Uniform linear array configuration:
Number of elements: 32
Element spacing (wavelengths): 0.75
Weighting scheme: kaiser
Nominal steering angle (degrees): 45
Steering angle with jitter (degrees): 46.66
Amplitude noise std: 0.05
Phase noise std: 0.05

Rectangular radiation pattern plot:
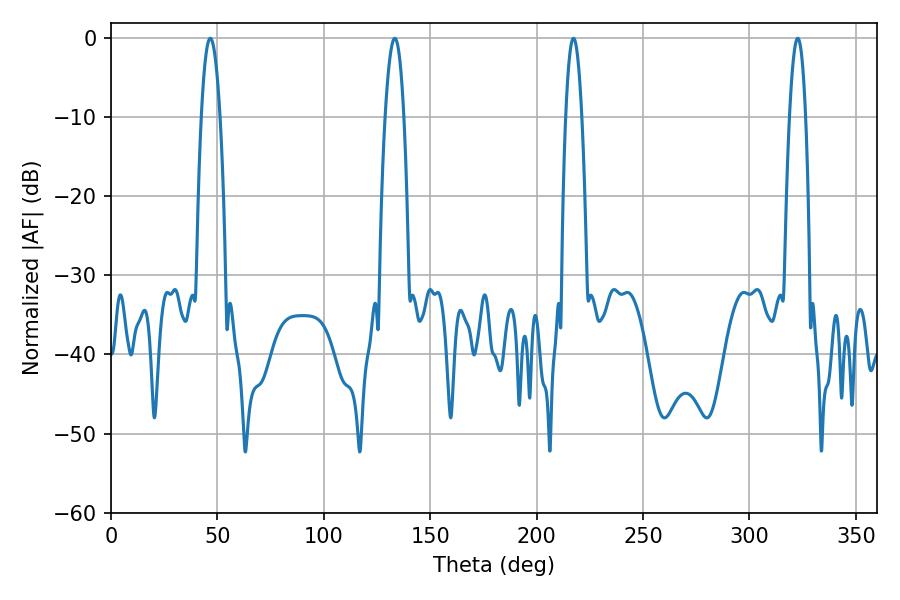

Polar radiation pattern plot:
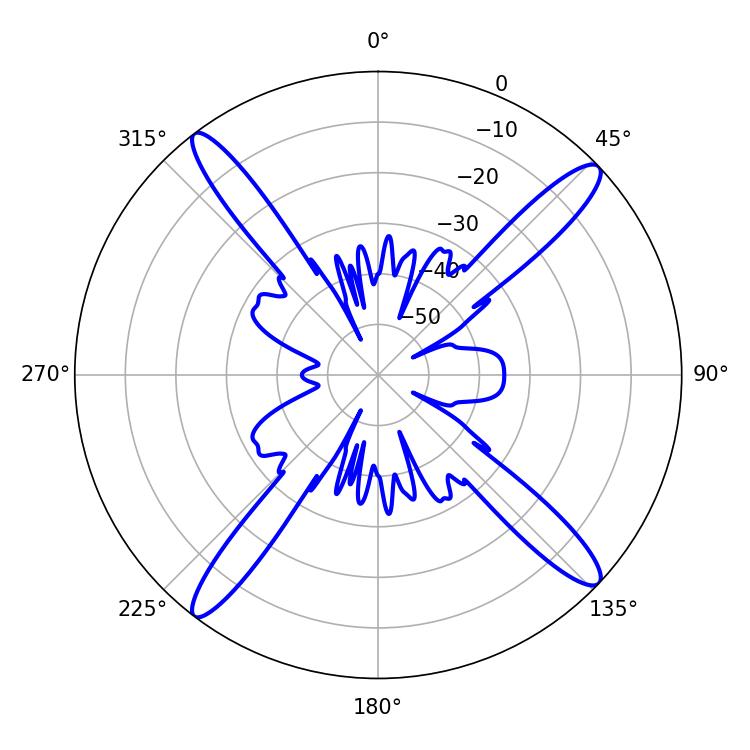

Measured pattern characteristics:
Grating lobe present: TRUE
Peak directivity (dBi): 17.279
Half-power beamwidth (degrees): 4.86
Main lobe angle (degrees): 46.62